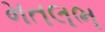
મતલભ